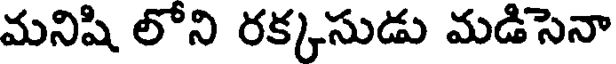
మనిషి లోని రక్కసుడు మడిసెనా